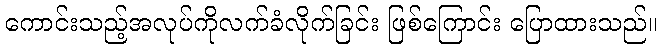
ကောင်းသည့်အလုပ်ကိုလက်ခံလိုက်ခြင်း ဖြစ်ကြောင်း ပြောထားသည်။